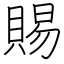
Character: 賜